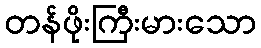
တန်ဖိုးကြီးမားသော